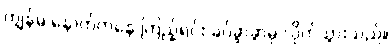
ကျွန်မ နောက်ကနေ ကြည့်ရင်း ခပ်ခွာခွာမှ လိုက်သွားသည်။